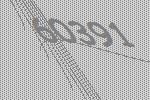
60391